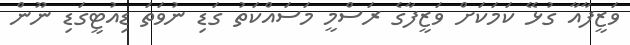
ވަޒީފާއާ ގުޅޭ ކަމަކަށް ވަޒީފާގެ ރަސްމީ މަސައްކަތު ގަޑި ނުވަތަ ޑިއުޓީގަޑި ނޫން